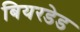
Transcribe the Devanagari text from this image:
बियरडेड